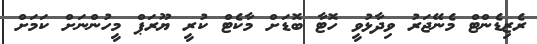
ރެޒިޑެންޓް މެނޭޖަރު ވިދާޅުވީ ހޮޓާ ބޮޑަށް މާކެޓް ކުރީ ޔޫރަޕް މީހުންނަށް ކަމަށް